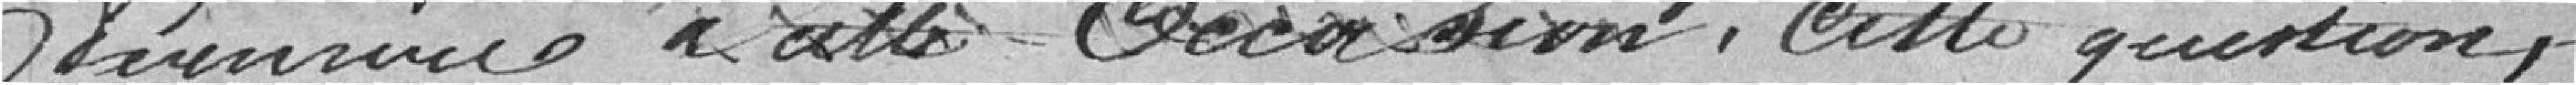
à cette occasion, cette question